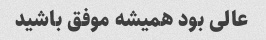
عالی بود همیشه موفق باشید